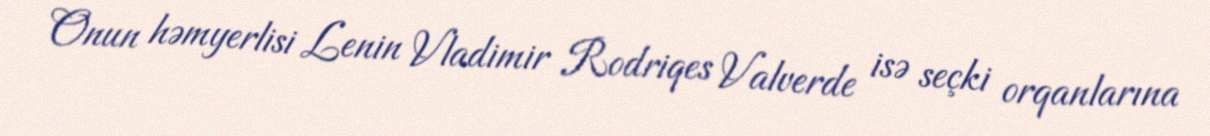
Onun həmyerlisi Lenin Vladimir Rodriqes Valverde isə seçki orqanlarına